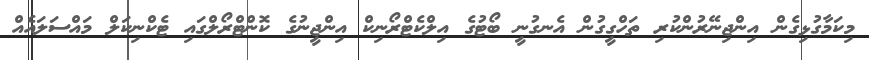
މިކަމާގުޅިގެން އިންޖިނޭރުންކުރި ތަހްގީގުން އެނގުނީ ބޯޓުގެ އިލްކެޓްރޯނިކް އިންޖީނުގެ ކޮންޓްރޯލްގައި ޓެކްނިކަލް މައްސަލައެއް